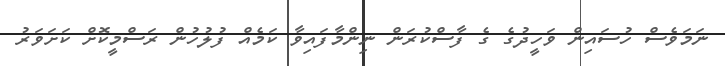
ނަމަވެސް ހުސައިން ވަހީދުގެ ގެ ފާސްކުރަން ނިންމާފައިވާ ކަމެއް ފުލުހުން ރަސްމީކޮށް ކަށަވަރު